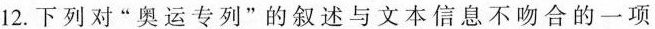
12.下列对“奥运专列”的叙述与文本信息不吻合的一项